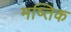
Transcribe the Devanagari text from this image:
मष्तिक